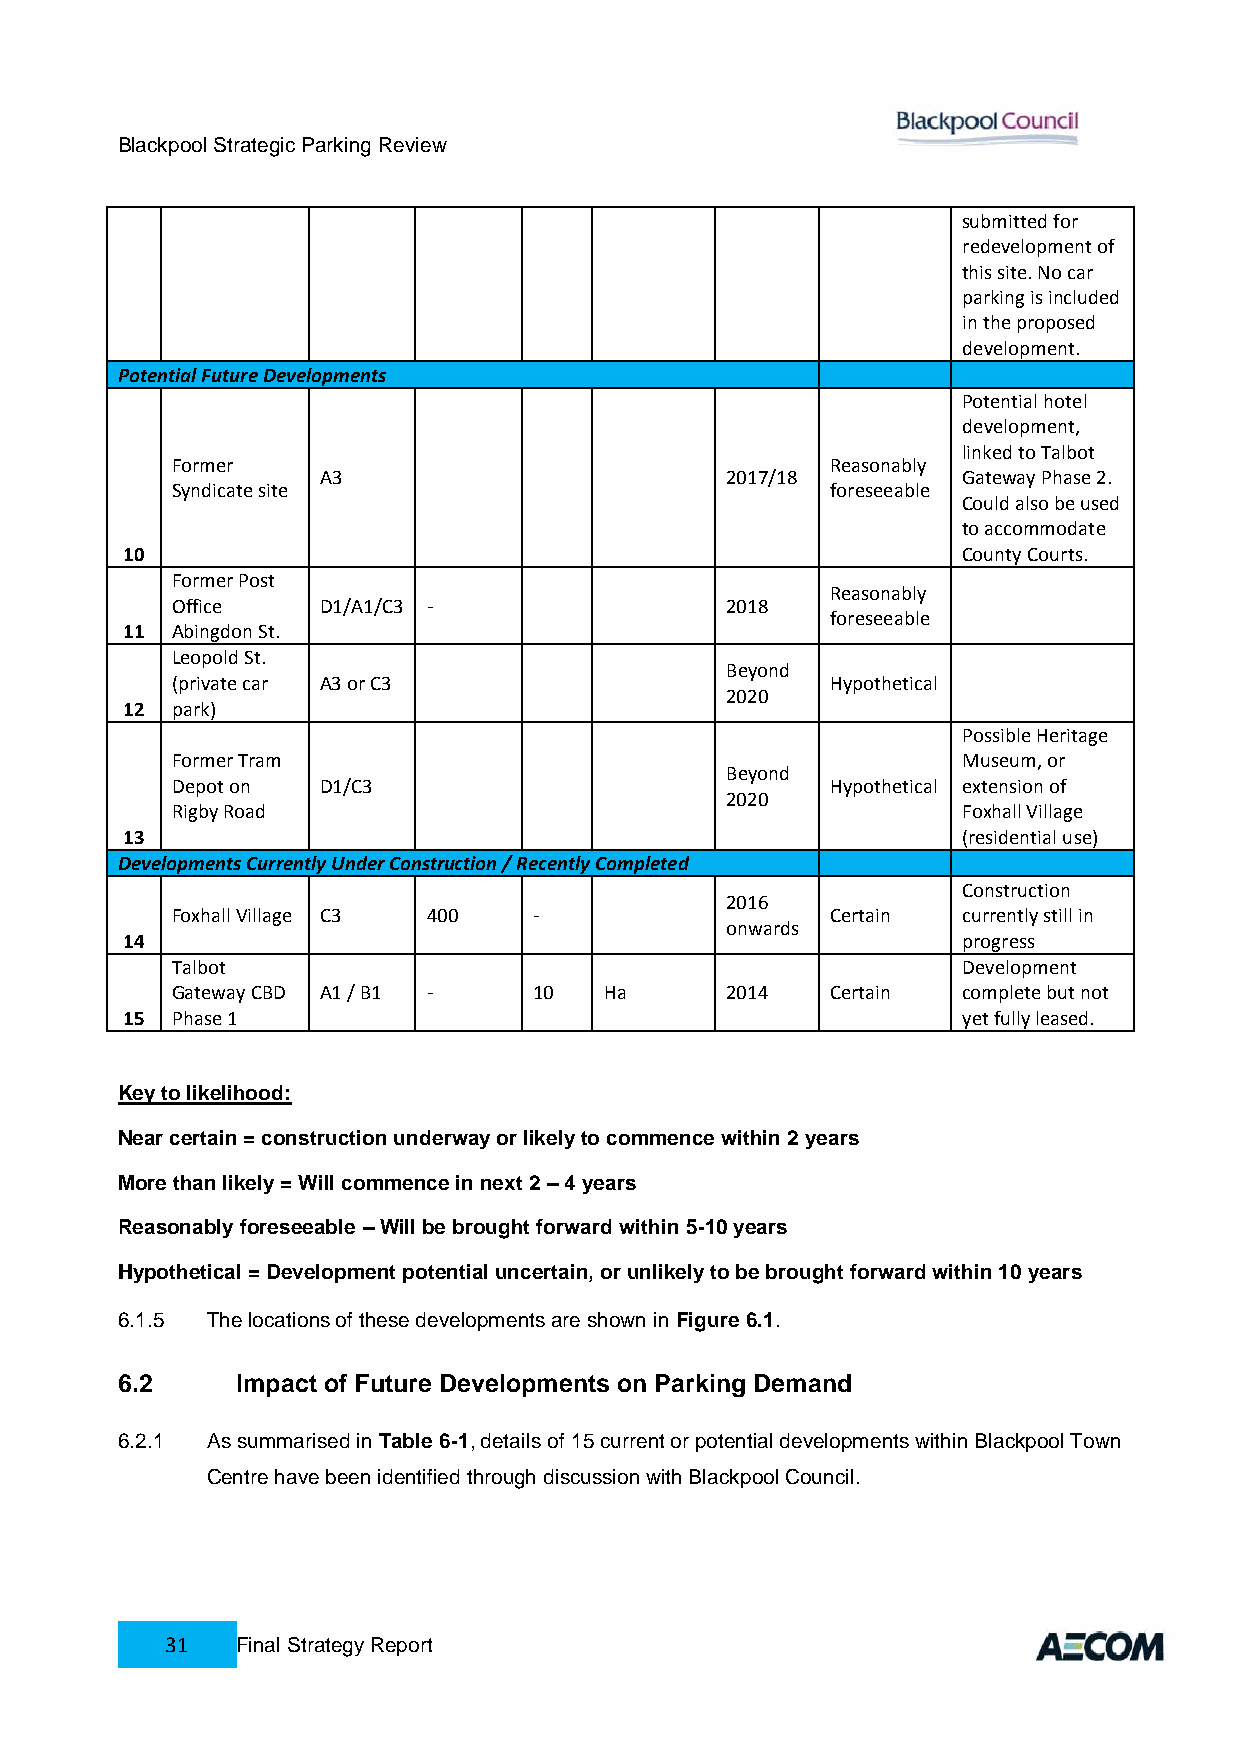
Blackpool Strategic Parking Review
 submitted for
 redevelopment of
 this site. No car
 parking is included
 in the proposed
 development.
 Potential Future Developments
 Potential hotel
 development,
 linked to Talbot
 Former                                      Reasonably
 A3                         2017/18         Gateway Phase 2.
 Syndicate site                              foreseeable
 Could also be used
 to accommodate
 10                                                      County Courts.
 Former Post
 Reasonably
 Office    D1/A1/C3 -                 2018
 foreseeable
 11 Abingdon St.
 Leopold St.
 Beyond
 (private car A3 or C3                       Hypothetical
 2020
 12 park)
 Possible Heritage
 Former Tram                                          Museum, or
 Beyond
 Depot on  D1/C3                             Hypothetical extension of
 2020
 Rigby Road                                           Foxhall Village
 13                                                      (residential use)
 Developments Currently Under Construction / Recently Completed
 Construction
 2016
 Foxhall Village C3 400  -                   Certain  currently still in
 onwards
 14                                                      progress
 Talbot                                               Development
 Gateway CBD A1 / B1 -   10   Ha      2014   Certain  complete but not
 15 Phase 1                                              yet fully leased.
 Key to likelihood:
 Near certain = construction underway or likely to commence within 2 years
 More than likely = Will commence in next 2 – 4 years
 Reasonably foreseeable – Will be brought forward within 5-10 years
 Hypothetical = Development potential uncertain, or unlikely to be brought forward within 10 years
 6.1.5 The locations of these developments are shown in Figure 6.1.
 6.2     Impact of Future Developments on Parking Demand
 6.2.1 As summarised in Table 6-1, details of 15 current or potential developments within Blackpool Town
 Centre have been identified through discussion with Blackpool Council.
 31   Final Strategy Report